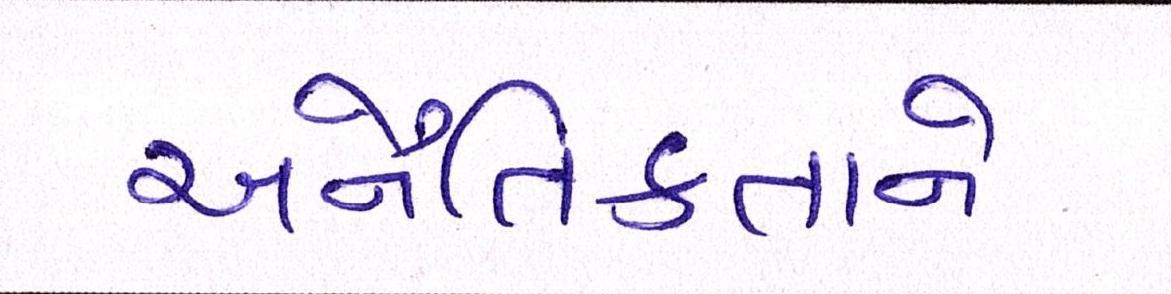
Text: અનૈતિકતાને